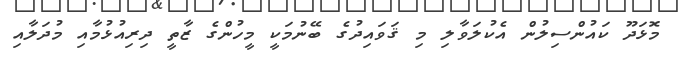
މޮޅަދޫ ކައުންސިލުން އެކުލަވާލި މި ޤަވައިދުގެ ބޭނުމަކީ މީހުންގެ ޒާތީ ދިރިއުޅުމާއި މުދަލާއި